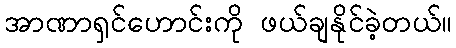
အာဏာရှင်ဟောင်းကို ဖယ်ချနိုင်ခဲ့တယ်။